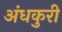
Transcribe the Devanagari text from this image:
अंधकुरी